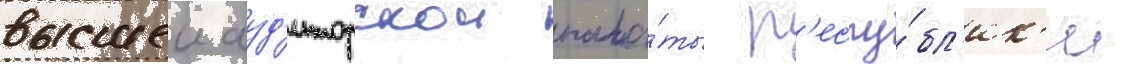
высшеи ауд'иторскои пала́ты р'еспу́бл'ик'и